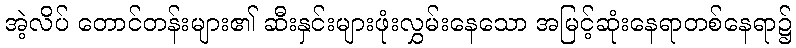
အဲ့လိပ် တောင်တန်းများ၏ ဆီးနှင်းများဖုံးလွှမ်းနေသော အမြင့်ဆုံးနေရာတစ်နေရာ၌